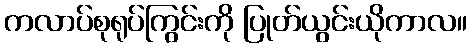
ကလာပ်စုရုပ်ကြွင်းကို ပြုတ်ယွင်းယိုကာလ။